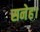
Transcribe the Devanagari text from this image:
सनेह।